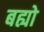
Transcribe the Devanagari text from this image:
बह्यो